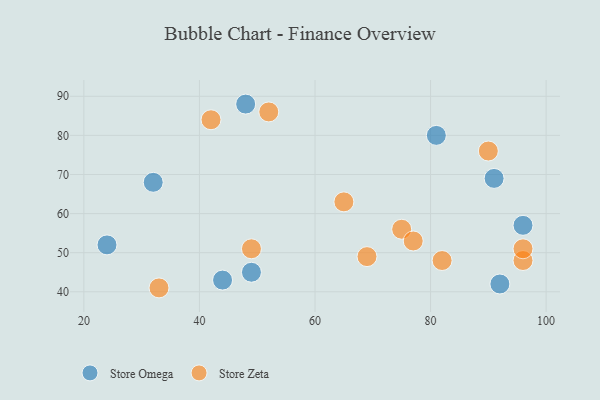
{"axis": {"x": "GDP", "y": "Life Expectancy"}, "legend": ["Store Omega", "Store Zeta"], "data": [{"x": "81", "y": 80, "type": "Store Omega"}, {"x": "24", "y": 52, "type": "Store Omega"}, {"x": "44", "y": 43, "type": "Store Omega"}, {"x": "91", "y": 69, "type": "Store Omega"}, {"x": "96", "y": 57, "type": "Store Omega"}, {"x": "32", "y": 68, "type": "Store Omega"}, {"x": "49", "y": 45, "type": "Store Omega"}, {"x": "48", "y": 88, "type": "Store Omega"}, {"x": "92", "y": 42, "type": "Store Omega"}, {"x": "49", "y": 51, "type": "Store Zeta"}, {"x": "96", "y": 48, "type": "Store Zeta"}, {"x": "90", "y": 76, "type": "Store Zeta"}, {"x": "33", "y": 41, "type": "Store Zeta"}, {"x": "96", "y": 51, "type": "Store Zeta"}, {"x": "75", "y": 56, "type": "Store Zeta"}, {"x": "82", "y": 48, "type": "Store Zeta"}, {"x": "69", "y": 49, "type": "Store Zeta"}, {"x": "65", "y": 63, "type": "Store Zeta"}, {"x": "77", "y": 53, "type": "Store Zeta"}, {"x": "52", "y": 86, "type": "Store Zeta"}, {"x": "42", "y": 84, "type": "Store Zeta"}]}